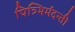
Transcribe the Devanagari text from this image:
पित्र्भिर्मदन्ती